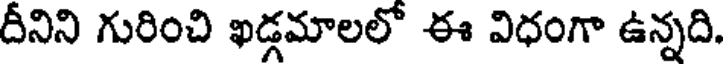
దీనిని గురించి ఖడ్గమాలలో ఈ విధంగా ఉన్నది.